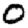
Digit: 0